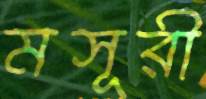
মসূরী